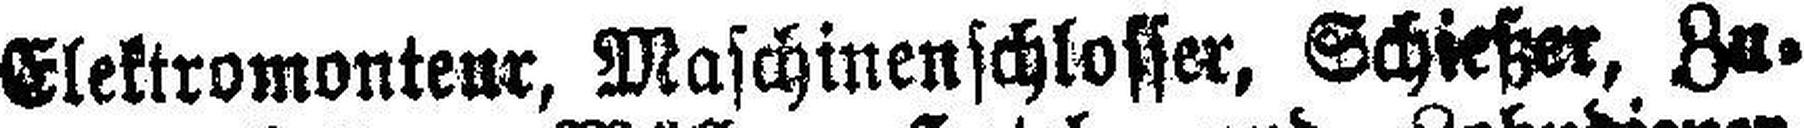
Elektromonteur, Maschinenschlosser, Schießer, Zu¬